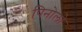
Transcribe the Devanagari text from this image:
पिनोलो